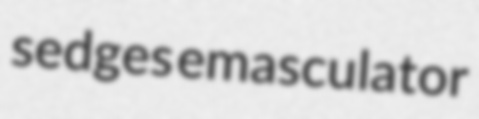
sedges emasculator